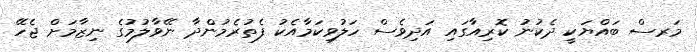
މަރސް ބައްޔަކީ ދެކުނު ކޮރިއާގައި އަދިވެސް ހަލުވިކަމާއެކު ފެތުރެމުންދާ ނޭވާލުމުގެ ނިޒާމަށް ޖެހޭ